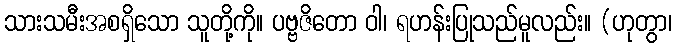
သားသမီးအစရှိသော သူတို့ကို။ ပဗ္ဗဇိတော ဝါ၊ ရဟန်းပြုသည်မူလည်း။ (ဟုတွာ၊